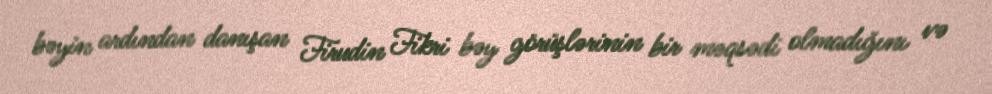
bəyin ardından danışan Firudin Fikri bəy görüşlərinin bir məqsədi olmadığını və